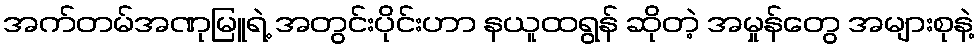
အက်တမ်အဏုမြူရဲ့ အတွင်းပိုင်းဟာ နယူထရွန် ဆိုတဲ့ အမှုန်တွေ အများစုနဲ့